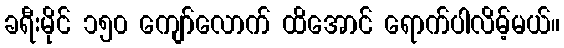
ခရီးမိုင် ၁၅၀ ကျော်လောက် ထိအောင် ရောက်ပါလိမ့်မယ်။